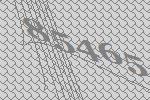
85465